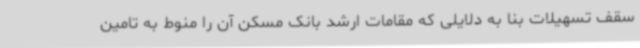
سقف تسهیلات بنا به دلایلی که مقامات ارشد بانک مسکن آن را منوط به تامین